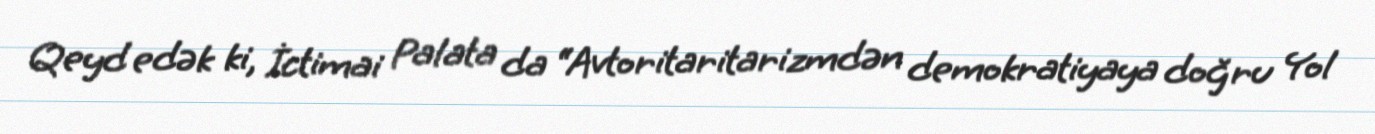
Qeyd edək ki, İctimai Palata da “Avtoritaritarizmdən demokratiyaya doğru Yol